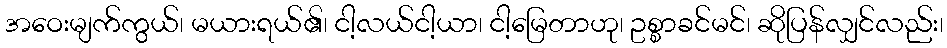
အဝေးမျက်ကွယ်၊ မယားရယ်၏၊ ငါ့လယ်ငါ့ယာ၊ ငါ့မြေတာဟု၊ ဥစ္စာခင်မင်၊ ဆိုပြန်လျှင်လည်း၊